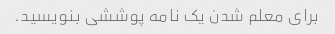
برای معلم شدن یک نامه پوششی بنویسید.